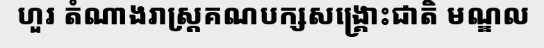
ហួរ តំណាងរាស្ត្រគណបក្សសង្គ្រោះជាតិ មណ្ឌល